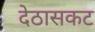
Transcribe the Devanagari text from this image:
देठासकट